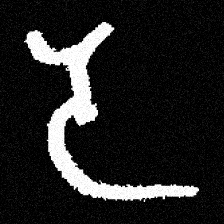
Pyu character \u2014 Myanmar letter: ဒ (romanized: da)